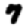
Digit: 7